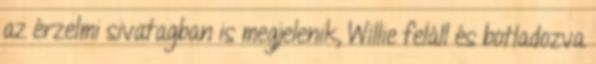
az érzelmi sivatagban is megjelenik, Willie feláll és botladozva